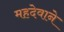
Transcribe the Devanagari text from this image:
महदेवाने